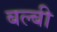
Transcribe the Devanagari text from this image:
बल्बी